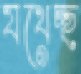
যথেচ্ছ